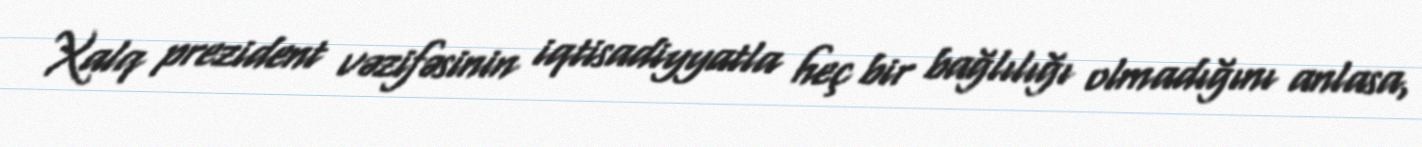
Xalq prezident vəzifəsinin iqtisadiyyatla heç bir bağlılığı olmadığını anlasa,